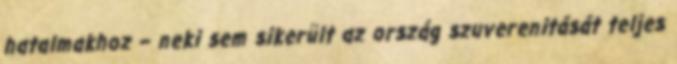
hatalmakhoz – neki sem sikerült az ország szuverenitását teljes